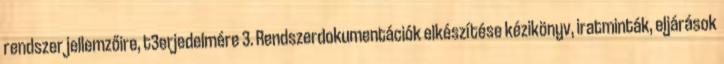
rendszer jellemzőire, t3erjedelmére 3. Rendszerdokumentációk elkészítése kézikönyv, iratminták, eljárások